system: You are a helpful assistant.
user:
Analyze the provided spectrum to determine if it is a **S-type Star**.

- **Key Indicators for S-type Star:**

    - **(Overall Spectrum Shape):** The first and most obvious characteristic is the overall continuum (the "baseline" shape). It is **extremely "red-sloping,"** meaning the flux (light intensity) is very low on the left side (blue, ~4000-4500 Å) and rises steeply and continuously toward the right side (red, ~7000 Å+).

    - **(Primary):** The spectrum is defined by the presence of strong, broad molecular absorption "valleys" (bands) from **Zirconium Oxide (ZrO)**. The identification of these bands is the **primary requirement** for classifying a star as S-type.
        - **(Key Bandheads):** You must find distinct, deep "dips" where the light has been absorbed. The most critical band systems to locate are:
            - **~6474 Å** ($\gamma$-system): This is often the strongest and clearest ZrO feature, found in the red part of the spectrum.
            - **~5718 Å** & **~5551 Å** ($\beta$-system): A pair of prominent absorption features in the yellow-orange part of the spectrum.
            - **~4640 Å** ($\alpha$-system): A key absorption band system in the blue-green region of the spectrum.

    - **(Secondary Confirmation):** The classification is strengthened by finding additional absorption bands from other related heavy element oxides, which are expected to be present alongside ZrO.
        - **(Key Bandheads):**
            - **Yttrium Oxide (YO):** Look for absorption dips near **~4800 Å** and **~6100 Å**.
            - **Lanthanum Oxide (LaO):** Additional absorption features, particularly in the red-orange part of the spectrum, are also characteristic.

    - **(Line Profile):** The combination of the steep red continuum and these numerous, deep molecular bands (ZrO, YO, etc.) gives the entire spectrum a very **"chopped-up"** or **"bumpy"** appearance. Instead of a smooth curve, the spectrum looks as though large, wide chunks of light have been "carved out" of it at the specific wavelengths listed above.

Think first, call **spectral_visualization_tool** if needed to examine features in detail, then provide your final answer. Your response must adhere to the following strict rules:
1.  **Overall Structure:** Your response must follow the format `<think>...</think> <tool_call>...</tool_call> (if a tool is used) <answer>...</answer>`.
2.  **Tool Usage Constraint:** You may only make **one** tool call per turn.
3.  **Final Answer Format:** In the `<answer>` tag, your conclusion must be inside a `\boxed{}` command (e.g., `\boxed{YES}` or `\boxed{NO}`), followed by your justification.

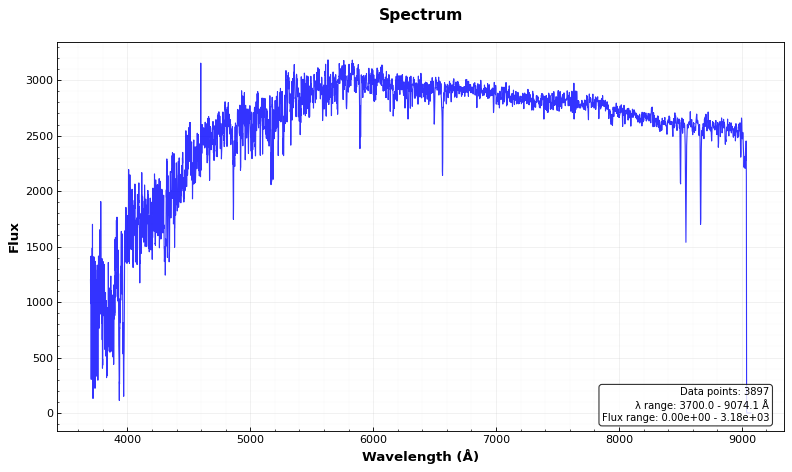
Answer: NO